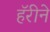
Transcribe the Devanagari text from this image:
हॅरीने